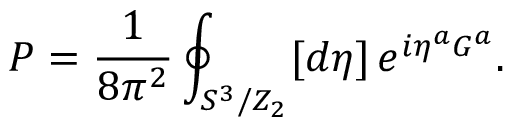
{ \cal P } = \frac { 1 } { 8 \pi ^ { 2 } } \oint _ { S ^ { 3 } / Z _ { 2 } } [ d \eta ] \, e ^ { i \eta ^ { a } G ^ { a } } .